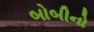
બોબીનો